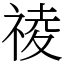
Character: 祾